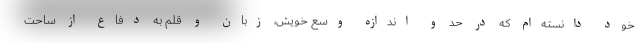
خود دانسته‌ام که در حد و ‌اندازه وسع خویش، زبان و قلم به دفاع از ساحت